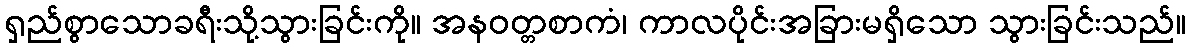
ရှည်စွာသောခရီးသို့သွားခြင်းကို။ အနဝတ္တစာကံ၊ ကာလပိုင်းအခြားမရှိသော သွားခြင်းသည်။